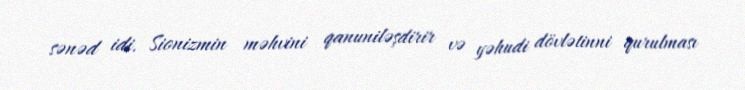
sənəd idi. Sionizmin məhvini qanuniləşdirir və yəhudi dövlətinni qurulması